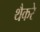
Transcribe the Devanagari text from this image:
थैैकरे